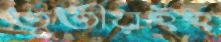
তৃতীয়ইহ